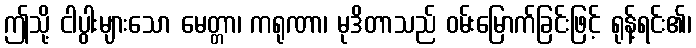
ဤသို့ ငါပွါးများသော မေတ္တာ၊ ကရုဏာ၊ မုဒိတာသည် ဝမ်းမြောက်ခြင်းဖြင့် ရုန့်ရင်း၏၊